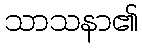
သာသနာ၏